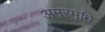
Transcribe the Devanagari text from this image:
अमरमुनि